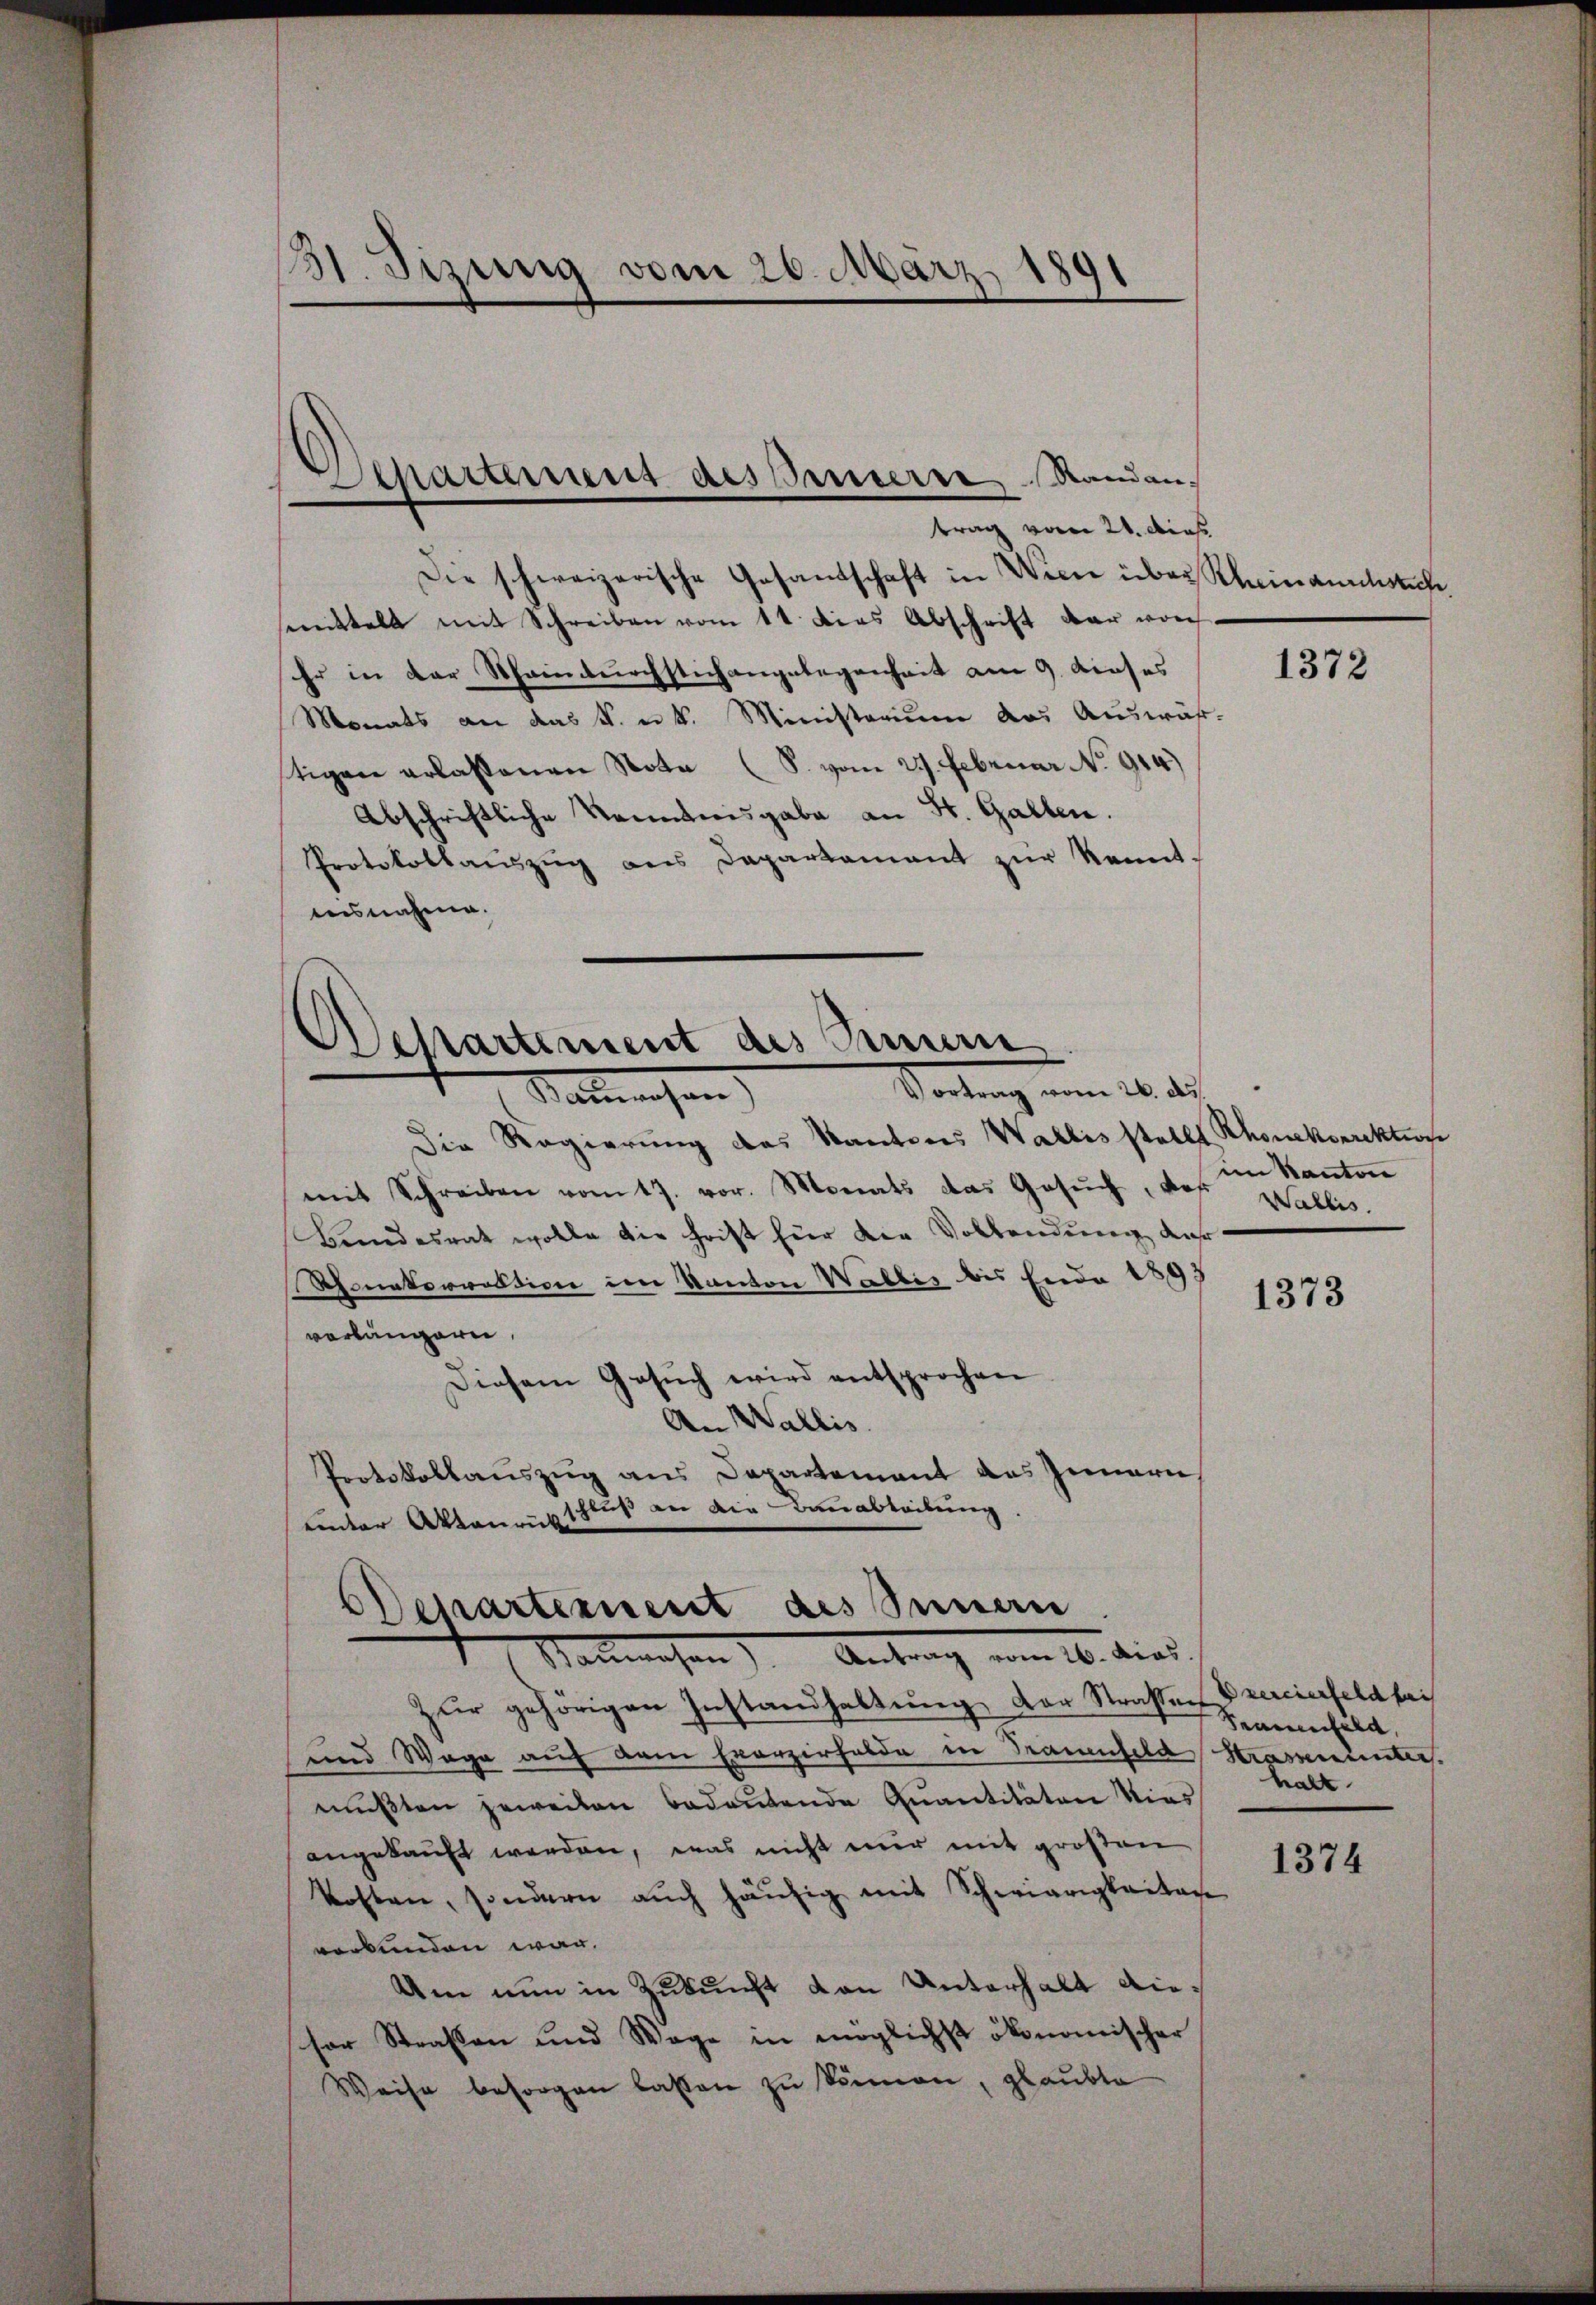
11. Sizung vom 26. März 1891
-

Schaus desserers Randan¬
¬
trag vom 21. Dies

Die schweizerische Gesandschaft in Wien über Scheinandstücke
mittelt mit Schreiben vom 11 dies Abschrift dar vor.
Er in der Meindurchstich angelegenheit am 9. dieses
Monats an das k. u. k. Ministerium das Auswäh-
tigen erlassenen Note (S. vom 27. Februar No 914.)
Abschriftliche Kenntnisgabe an St. Gallen.
Protokollaŭszŭg ans Departamant zŭr Kennt-
ausnahme.
Departement des Innern
Portung vom 16. d.
Natmensen
Die Regierung des Kantons Wallis stellt Rhonekorrektion
mit Schreiben vom 17. vor. Monats das Gesŭch, das Wallis.
Brandesrat wolle die Frist für der Vollendung des
Schonetorrektion im Kanton Wallis bis Ende 1895
vorlängern.
Diesem Gesŭch wird entsprochen
An Wallis.
Protokollauszug aus Departement das Innern
schluß an die Bauabteilung.
ender Aktenrücken

ODepartement des Sanen
Nanwesen) Antrag vom 16. dies

Zŭr gehörigen Instandhaltŭng der Straßen vereierfeld fai
und Wage auf dem Exerzirfelde in Trauenfeld Strassenunter.
mußten jeweiten bedeutende Quantitäten dies
angekauft werden, was nicht mir mit großen
kosten, sondern aŭch häufig mit Schwierigkeitag
verbunden war.
Um nun in Zukunft von Unterhalt dieher Straßen und Wage in möglichst ökonomischer
Weise besorgen lassen zu können, glaubte

1372

im Kanton

1373

Semmenfeld,
halt

1374